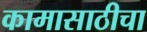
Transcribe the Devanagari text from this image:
कामासाठीचा